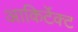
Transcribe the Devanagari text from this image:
आकिर्टेक्ट